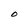
Character: O